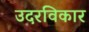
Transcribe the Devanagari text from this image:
उदरविकार